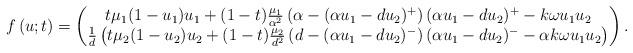
LaTeX: \begin{align*} f\left(u; t\right) = \begin{pmatrix} t \mu_1( 1 - u_1) u_1 + (1-t) \frac{\mu_1}{\alpha^2} \left(\alpha - (\alpha u_{1} - d u_2)^+\right)(\alpha u_{1} - d u_2)^+ - k \omega u_1 u_2 \\ \frac{1}{d}\left(t \mu_2( 1 - u_2) u_2 + (1-t) \frac{\mu_2}{d^2} \left(d - (\alpha u_{1} - d u_2)^-\right)(\alpha u_{1} - d u_2)^- - \alpha k \omega u_1 u_2\right) \end{pmatrix}.\end{align*}